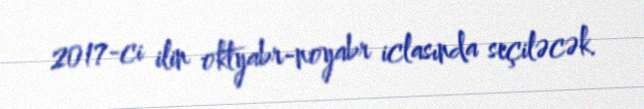
2017-ci ilin oktyabr-noyabr iclasında seçiləcək.